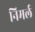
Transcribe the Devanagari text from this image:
निमर्ल